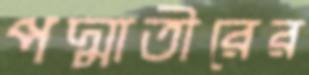
পদ্মাতীরের